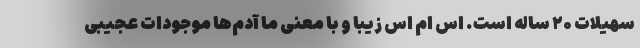
سهیلات ۲۰ ساله است. اس ام اس زیبا و با معنی ما آدم‌ها موجودات عجیبی‌